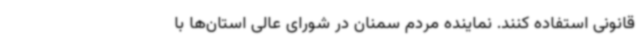
قانونی استفاده کنند. نماینده مردم سمنان در شورای عالی استان‌ها با